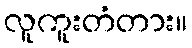
လူကူးတံတား။